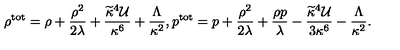
\rho ^ { \mathrm { t o t } } = \rho + { \frac { \rho ^ { 2 } } { 2 \lambda } } + { \frac { \widetilde { \kappa } ^ { 4 } { \cal U } } { \kappa ^ { 6 } } } + { \frac { \Lambda } { \kappa ^ { 2 } } } , p ^ { \mathrm { t o t } } = p + { \frac { \rho ^ { 2 } } { 2 \lambda } } + { \frac { \rho p } { \lambda } } - { \frac { \widetilde { \kappa } ^ { 4 } { \cal U } } { 3 \kappa ^ { 6 } } } - { \frac { \Lambda } { \kappa ^ { 2 } } } .